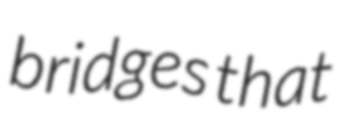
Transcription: bridges that